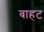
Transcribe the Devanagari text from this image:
बाहट